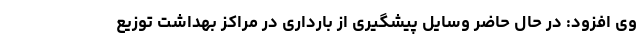
وی افزود: در حال حاضر وسایل پیشگیری از بارداری در مراکز بهداشت توزیع